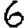
Digit: 6